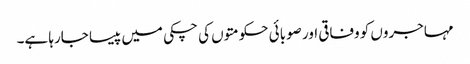
مہاجروں کو وفاقی اور صوبائی حکومتوں کی چکی میں پیسا جارہا ہے۔